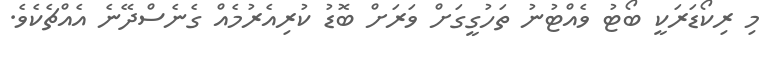
މި ރިކޯޑަރަކީ ބޯޓު ވެއްޓުނު ތަހުގީގަށް ވަރަށް ބޮޑު ކުރިއެރުމެއް ގެނެސްދޭނެ އެއްޗެެކެވެ.